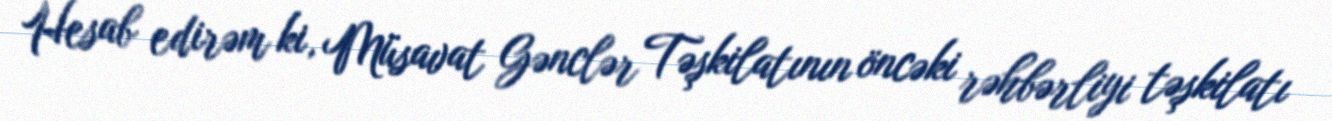
Hesab edirəm ki, Müsavat Gənclər Təşkilatının öncəki rəhbərliyi təşkilatı